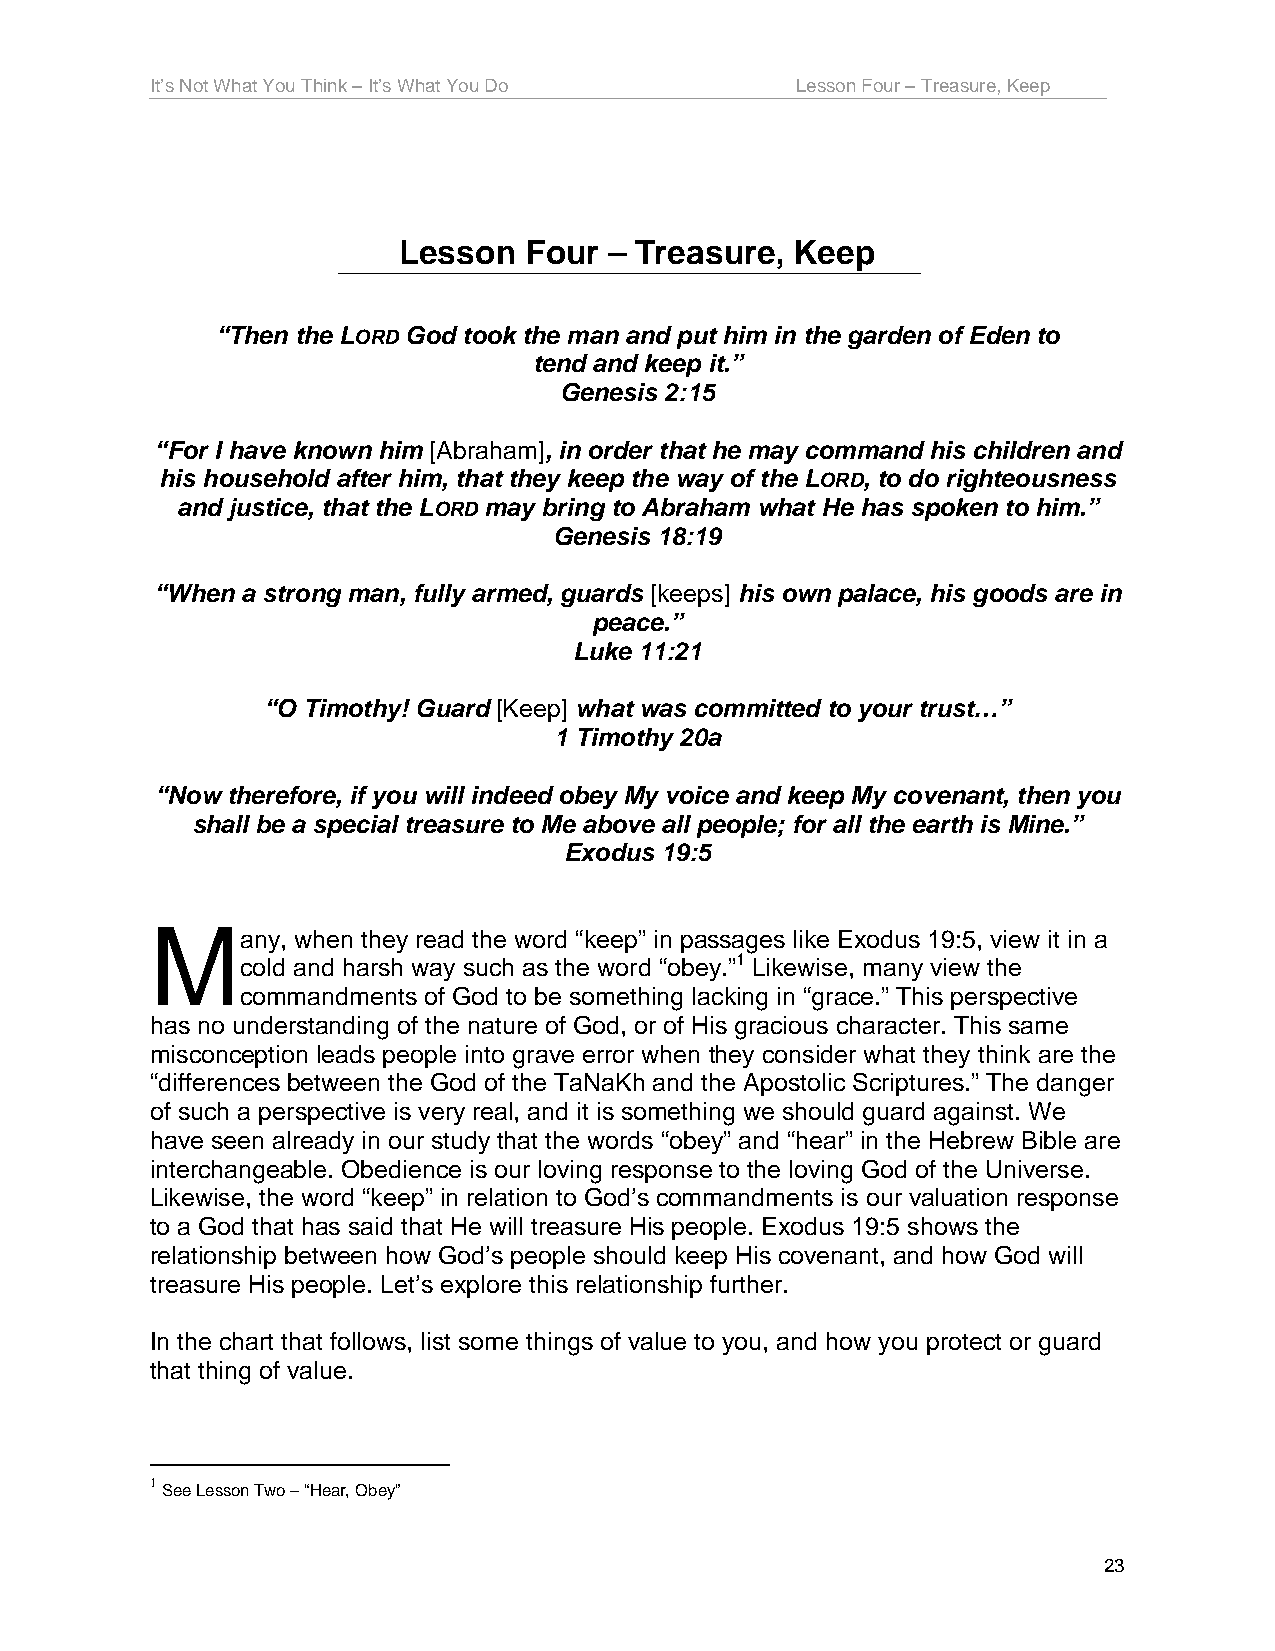
It’s Not What You Think – It’s What You Do Lesson Four – Treasure, Keep
 Lesson   Four – Treasure,  Keep
 “Then the LORD God took the man and put him in the garden of Eden to
 tend and keep it.”
 Genesis 2:15
 “For I have known him [Abraham], in order that he may command his children and
 his household after him, that they keep the way of the LORD, to do righteousness
 and justice, that the LORD may bring to Abraham what He has spoken to him.”
 Genesis 18:19
 “When a strong man, fully armed, guards [keeps] his own palace, his goods are in
 peace.”
 Luke 11:21
 “O Timothy! Guard [Keep] what was committed to your trust…”
 1 Timothy 20a
 “Now therefore, if you will indeed obey My voice and keep My covenant, then you
 shall be a special treasure to Me above all people; for all the earth is Mine.”
 Exodus 19:5
 M
 any, when they read the word “keep” in passages like Exodus 19:5, view it in a
 cold and harsh way such as the word “obey.”1 Likewise, many view the
 commandments of God to be something lacking in “grace.” This perspective
 has no understanding of the nature of God, or of His gracious character. This same
 misconception leads people into grave error when they consider what they think are the
 “differences between the God of the TaNaKh and the Apostolic Scriptures.” The danger
 of such a perspective is very real, and it is something we should guard against. We
 have seen already in our study that the words “obey” and “hear” in the Hebrew Bible are
 interchangeable. Obedience is our loving response to the loving God of the Universe.
 Likewise, the word “keep” in relation to God’s commandments is our valuation response
 to a God that has said that He will treasure His people. Exodus 19:5 shows the
 relationship between how God’s people should keep His covenant, and how God will
 treasure His people. Let’s explore this relationship further.
 In the chart that follows, list some things of value to you, and how you protect or guard
 that thing of value.
 1
 See Lesson Two – “Hear, Obey”
 23